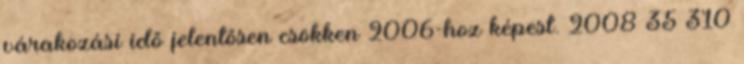
várakozási idő jelentősen csökken 2006-hoz képest. 2008 35 310